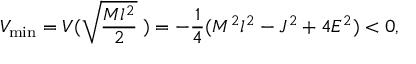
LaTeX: V _ { \mathrm { m i n } } = V ( \sqrt { \frac { M l ^ { 2 } } { 2 } } \; ) = - \frac { 1 } { 4 } ( M ^ { 2 } l ^ { 2 } - J ^ { 2 } + 4 E ^ { 2 } ) < 0 ,